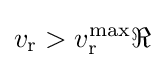
v_{\mathrm {r} }>v_{\mathrm {r} }^{\mathrm {max} }\Re